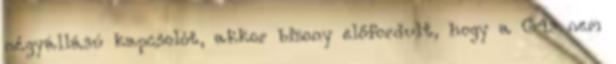
négyállású kapcsolót, akkor bizony előfordult, hogy a G4s nem